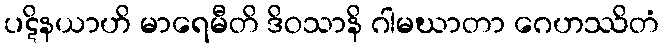
ပဋိနယာဟိ မာရေမီတိ ဒိဝသာနိ ဂါမဃာတာ ဂေဟဿိတံ